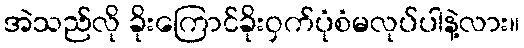
အဲသည်လို ခိုးကြောင်ခိုးဝှက်ပုံစံမလုပ်ပါနဲ့လား။